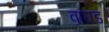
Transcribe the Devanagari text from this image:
वाघड